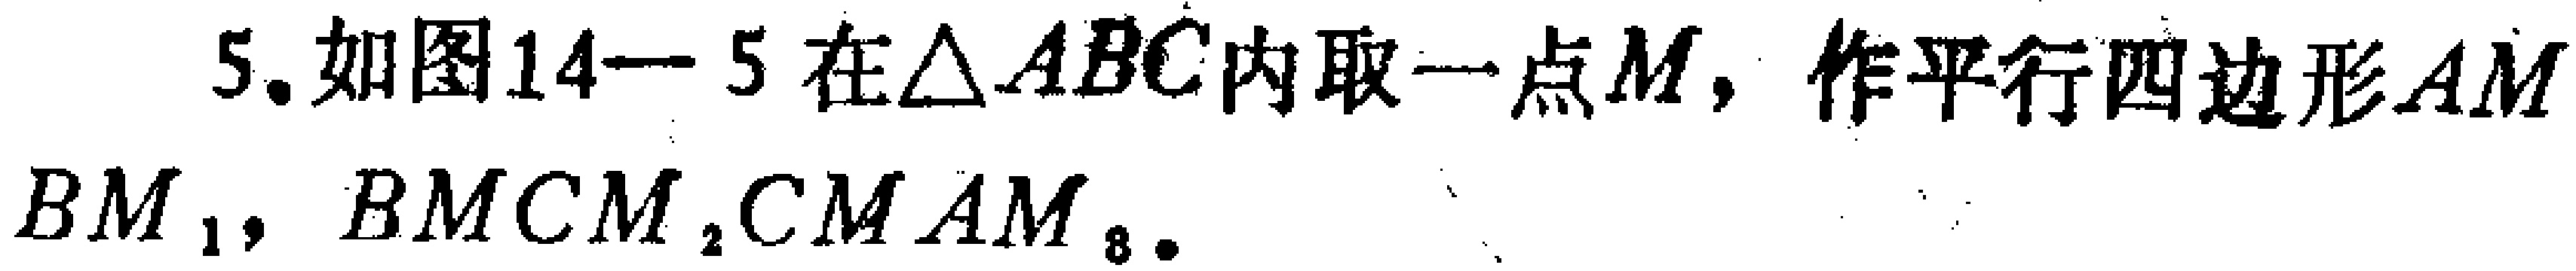
5. 如图14一5 在$\triangle ABC$内取一点$M$，作平行四边形$AMBM_1$，$BMCM_2$，$CMAM_3$。